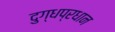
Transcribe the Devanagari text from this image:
दुग्धप्रधान